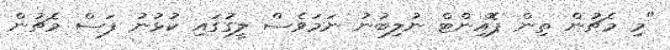
"މި މެޗުން ތިން ޕޮއިންޓް ނުލިބުނު ނަމަވެސް ލީގުގައި ކުޅުނު ފަސް މެޗުން